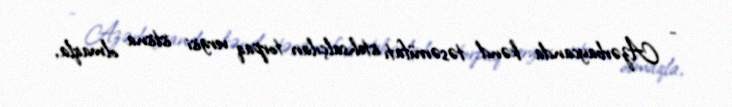
- Azərbaycanda kənd təsərrüfatı istehsalçıları torpaq vergisi istisna olmaqla,